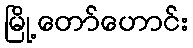
မြို့တော်ဟောင်း